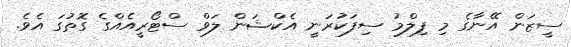
ސީޒަން އޭނާގެ މި ފިލްމު ސިފަކުރަނީ އެކްޝަން ލަވް ސްޓޯރީއެއްގެ ގޮތުގަ އެވެ.